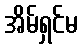
အိမ်ရှင်မ